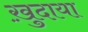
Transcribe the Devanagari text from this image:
ख़ु़दाया